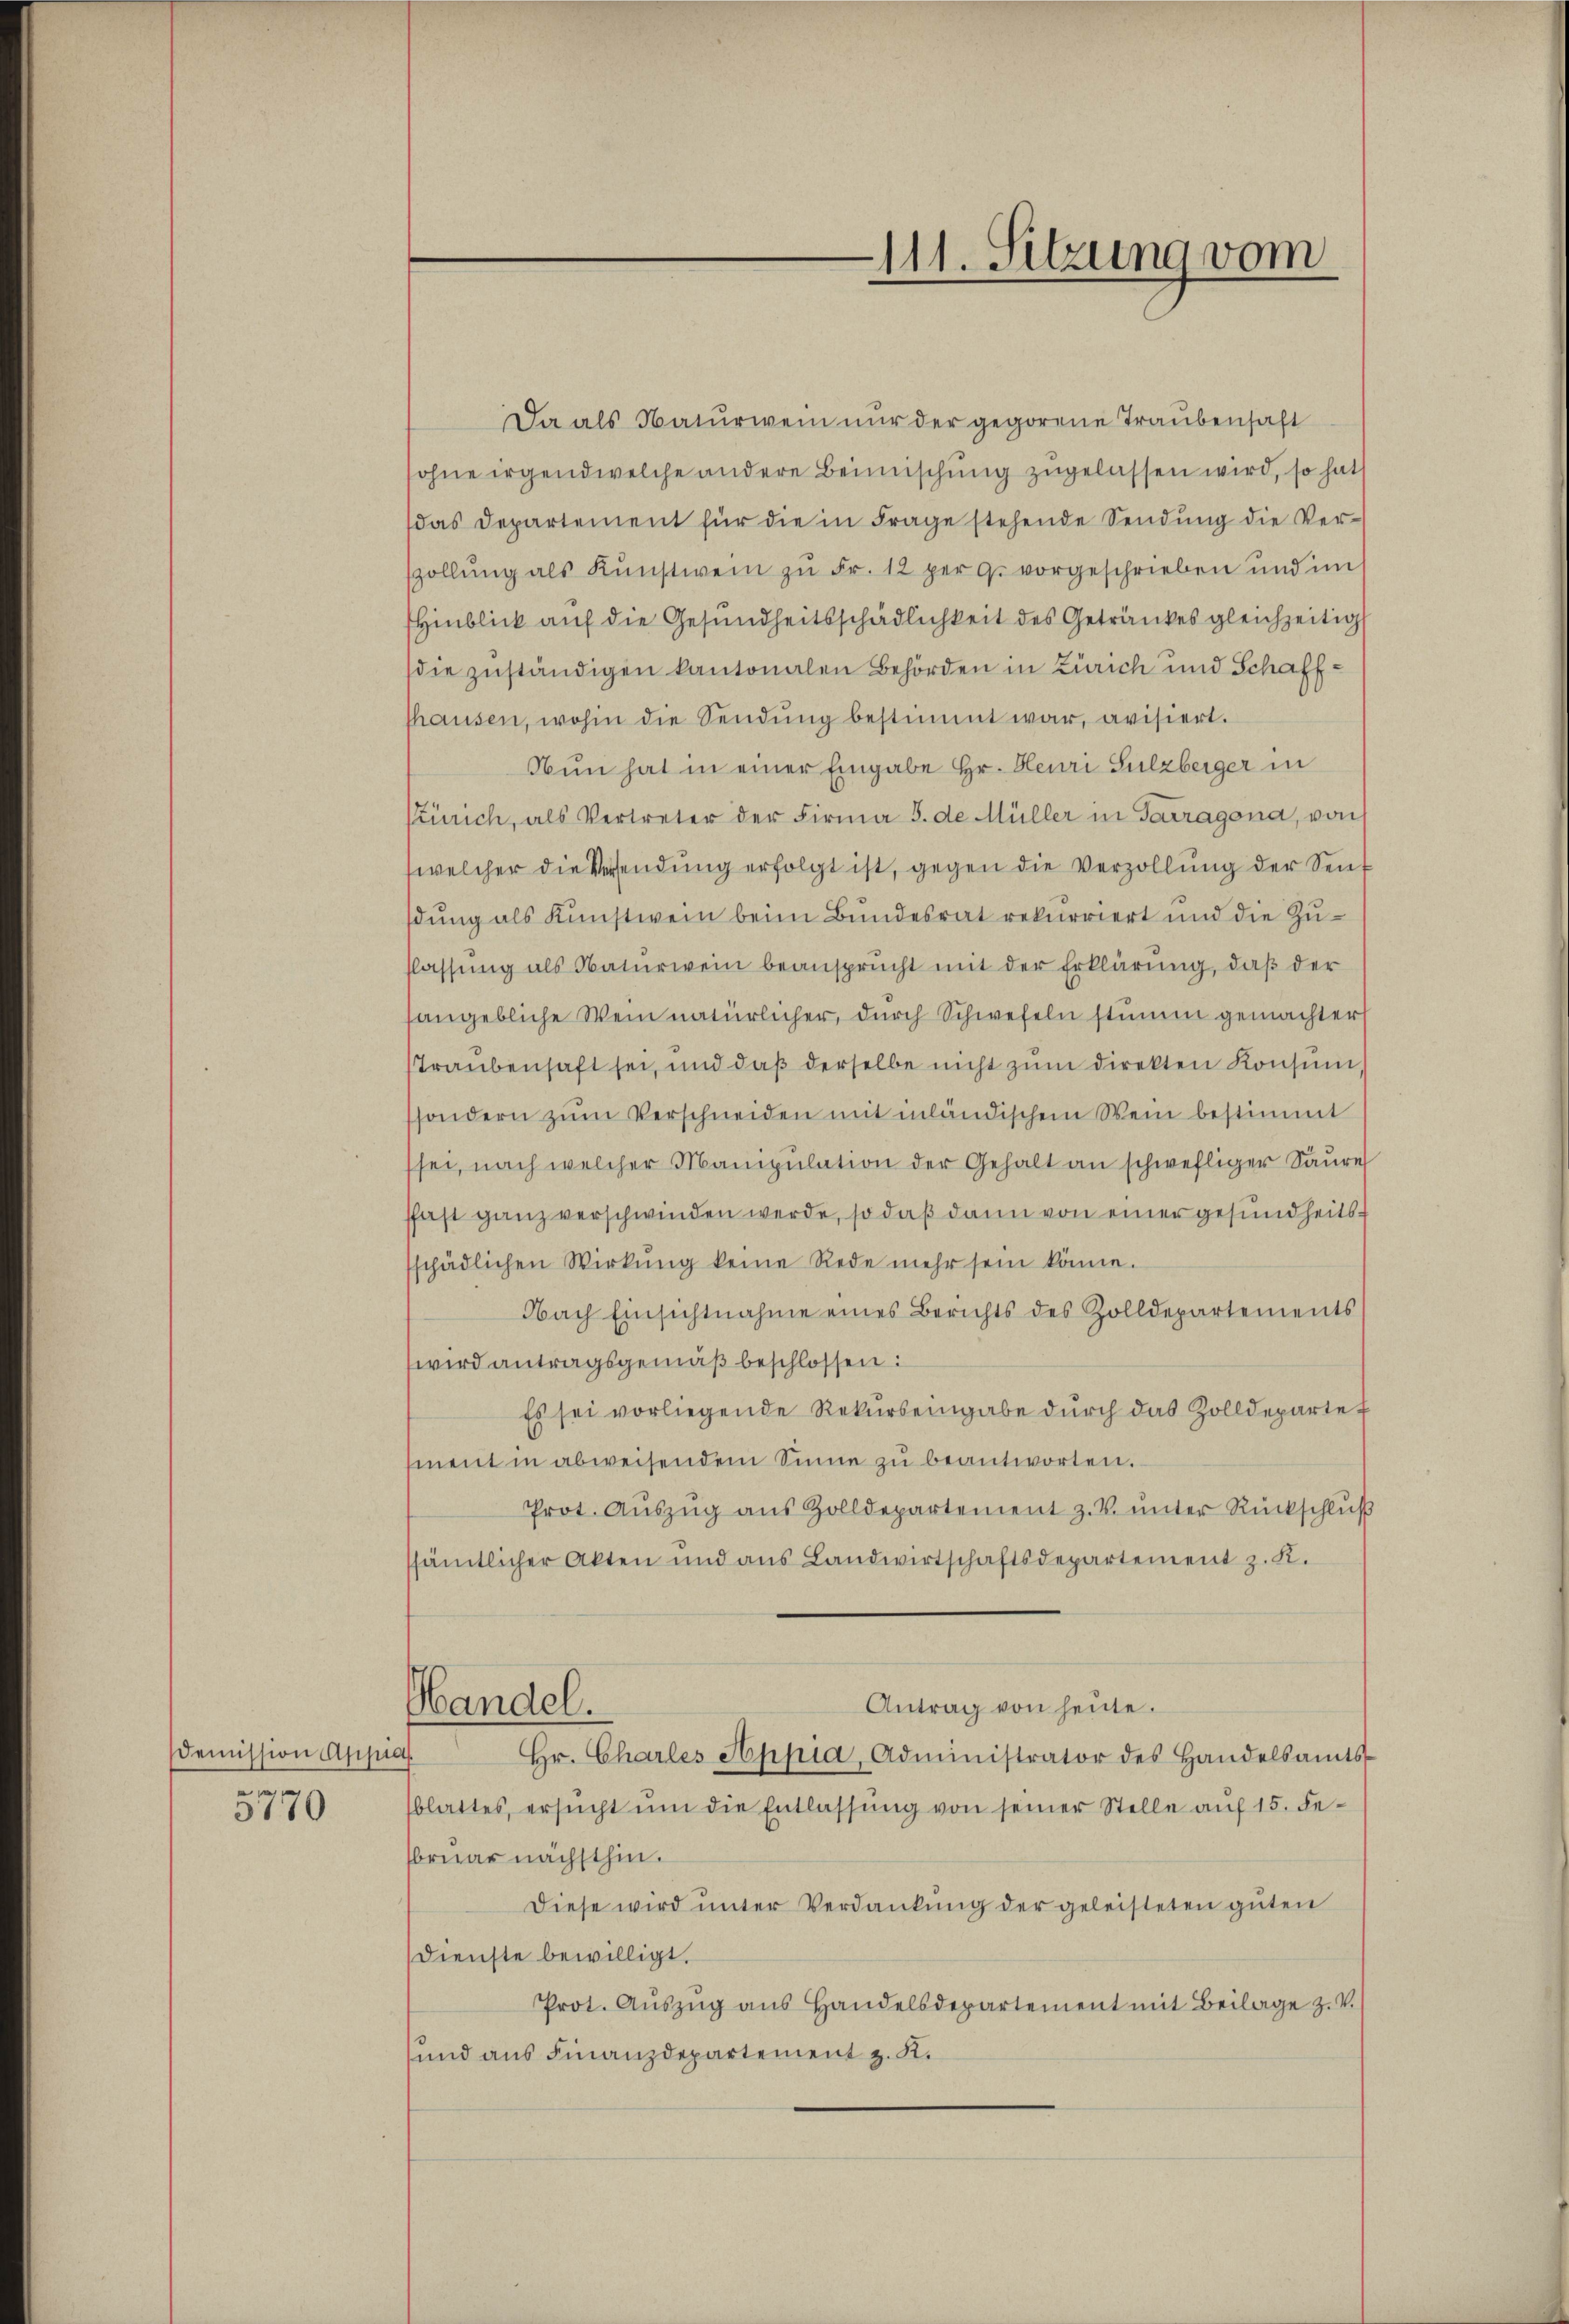
demission Appia
5770

111. Sitzung vom

Da als Naturwein nur der gegorene Traubensaft
ohne irgend welche andere Beimischung zugelassen wird, so hat
das Departement für die in Frage stehende Sendŭng die Ver-
szollŭng als Kŭnstwein zŭ Fr. 12 per c. vorgeschrieben und im
Hinblick auf die Gesundheitsschädlichkeit des Getränkes gleichzeitig
die zuständigen kantonalen Behörden in Zürich und Schaffshausen, wohin die Sendung bestimmt war, avisiert.
Nun hat in einer Eingabe Hr. Heuri Sulzberger in
Zürich, als Vertreter der Firma S. de Müller in Sarragona, von
welcher die Versendŭng erfolgt ist, gegen die Verzollŭng der Sent
dung als Kunstwein beim Bundesrat rekurriert und die Zuflassung als Naturwein beansprucht mit der Erklärung, daß der
sangebliche Wein natürlicher, dŭrch Schwefeln stimme gemachter
straubenhaft sei, und daß derselbe nicht zŭm direkten Konsum,
ssondern zŭm Verschneiden mit inländischem Wein bestimmt
sei, nach welcher Manipulation der Gehalt an schwefliger Saure
sfast ganz verschwinden werde, so daß dann von einer gesundheitssschädlichen Wirkung keine Rede mehr sein könne.
Nach Einsichtnahme eines Berichts des Zolldepartements
wird antragsgemäß beschlossen:
Es sei vorliegende Rekŭrseingabe dŭrch das Zolldepartef
ment in abweisendem Sinne zŭ beantworten.
Prot. Aŭszŭg aŭs Zolldepartement z. V. ŭnter Rückschlŭβ
sämtlicher Akten und ans Landwirtschaftsdepartement z. K.
Antrag von heute.
Handel.
Hr. Charles Appia, Administrator des Handelsamts
blattes, ersucht um die Entlassung von seiner Stelle auf 15. Februar nächsthin.
Diese wird unter Verdankung der geleisteten guten
Dienste bewilligt.
Prot. Aŭszŭg aŭs Handelsdepartement mit Beilage z. V.
und aus Finanzdepartement z. R.